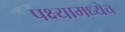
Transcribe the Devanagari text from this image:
पक्ष्यामध्येच